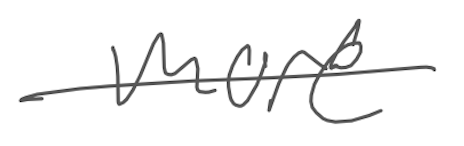
Text: more
Cross-out: single-line
Writing tool: digital_gray